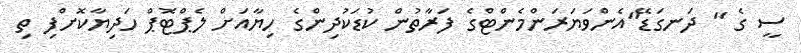
ސީ ގެ " ދަނގަޑޭ"އެންވަޔަރަންމެންޓްގެ ފަރާތުން ކުޑަކުދިންގެ ހިޔާއަށް ލެޕްޓޮޕް ހަދިޔާކޮށްފި ތި